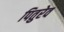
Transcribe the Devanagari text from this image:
पितुरेव